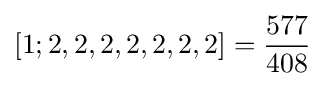
[1;2,2,2,2,2,2,2]={\frac {577}{408}}